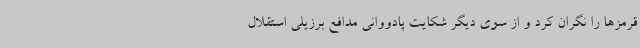
قرمزها را نگران کرد و از سوی دیگر شکایت پادووانی مدافع برزیلی استقلال